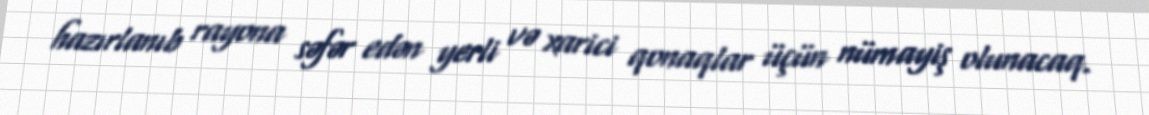
hazırlanıb rayona səfər edən yerli və xarici qonaqlar üçün nümayiş olunacaq.